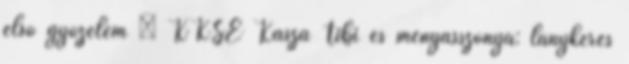
első győzelem – KKSE Kasza Tibi és menyasszonya: lánykérés